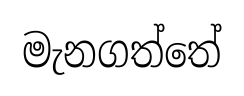
මැනගත්තේ